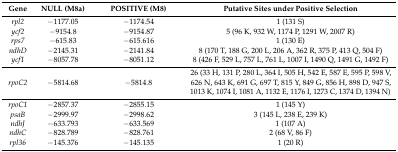
<table><thead><tr><td><b>Gene </b></td><td><b>NULL (M8a) </b></td><td><b>POSITIVE (M8) </b></td><td><b>Putative Sites under Positive Selection</b></td></tr></thead><tbody><tr><td><i>rpl2</i></td><td>−1177.05</td><td>−1174.54</td><td>1 (131 S)</td></tr><tr><td><i>ycf2</i></td><td>−9154.8</td><td>−9154.87</td><td>5 (96 K, 932 W, 1174 P, 1291 W, 2007 R)</td></tr><tr><td><i>rps7</i></td><td>−615.83</td><td>−615.616</td><td>1 (130 E)</td></tr><tr><td><i>ndhD</i></td><td>−2145.31</td><td>−2141.84</td><td>8 (170 T, 188 G, 200 L, 206 A, 362 R, 375 P, 413 Q, 504 F)</td></tr><tr><td><i>ycf1</i></td><td>−8057.78</td><td>−8051.12</td><td>8 (426 F, 529 L, 757 L, 761 L, 1007 I, 1490 Q, 1491 G, 1492 F)</td></tr><tr><td><i>rpoC2</i></td><td>−5814.68</td><td>−5814.8</td><td>26 (33 H, 131 P, 280 L, 364 I, 505 H, 542 E, 587 E, 595 P, 598 V, 626 N, 643 K, 691 G, 697 T, 815 Y, 849 G, 856 H, 898 D, 947 S, 1013 K, 1074 I, 1081 A, 1132 E, 1176 I, 1273 C, 1374 D, 1394 N)</td></tr><tr><td><i>rpoC1</i></td><td>−2857.37</td><td>−2855.15</td><td>1 (145 Y)</td></tr><tr><td><i>psaB</i></td><td>−2999.97</td><td>−2998.62</td><td>3 (145 L, 238 E, 239 K)</td></tr><tr><td><i>ndhJ</i></td><td>−633.793</td><td>−633.569</td><td>1 (107 A) </td></tr><tr><td><i>ndhC</i></td><td>−828.789</td><td>−828.761</td><td>2 (68 V, 86 F)</td></tr><tr><td><i>rpl36</i></td><td>−145.376</td><td>−145.135</td><td>1 (20 R)</td></tr></tbody></table>